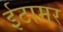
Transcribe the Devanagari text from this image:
ईटामर